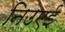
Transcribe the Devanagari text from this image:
निउएई